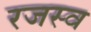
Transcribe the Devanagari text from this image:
रजस्व